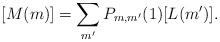
LaTeX: \begin{align*}[M(m)]=\sum_{m'}P_{m, m'}(1)[L(m')].\end{align*}